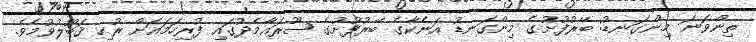
ތިންވަނަ މިންގަނޑު: ބޭރުފުށުގެ މިންގަނޑު އަނެކާގެ ބޭރުފުށުގެ ޞޫރައާމެދުގައި ފުރިހަމައަށް ރުހި ޤަބޫލުވުމެވެ.